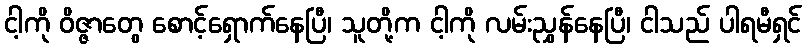
ငါ့ကို ဝိဇ္ဇာတွေ စောင့်ရှောက်နေပြီ၊ သူတို့က ငါ့ကို လမ်းညွှန်နေပြီ၊ ငါသည် ပါရမီရှင်